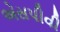
એસપીવી